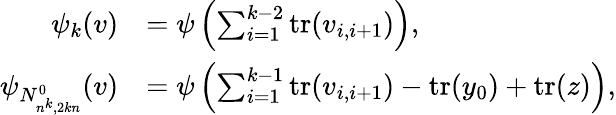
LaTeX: \begin{array}{rl}{\psi_{k}(v)}&{=\psi\left(\sum_{i=1}^{k-2}\mathrm{tr}(v_{i,i+1})\right),}\\ {\psi_{N_{n^{k},2kn}^{0}}(v)}&{=\psi\left(\sum_{i=1}^{k-1}\mathrm{tr}(v_{i,i+1})-\mathrm{tr}(y_{0})+\mathrm{tr}(z)\right),}\end{array}